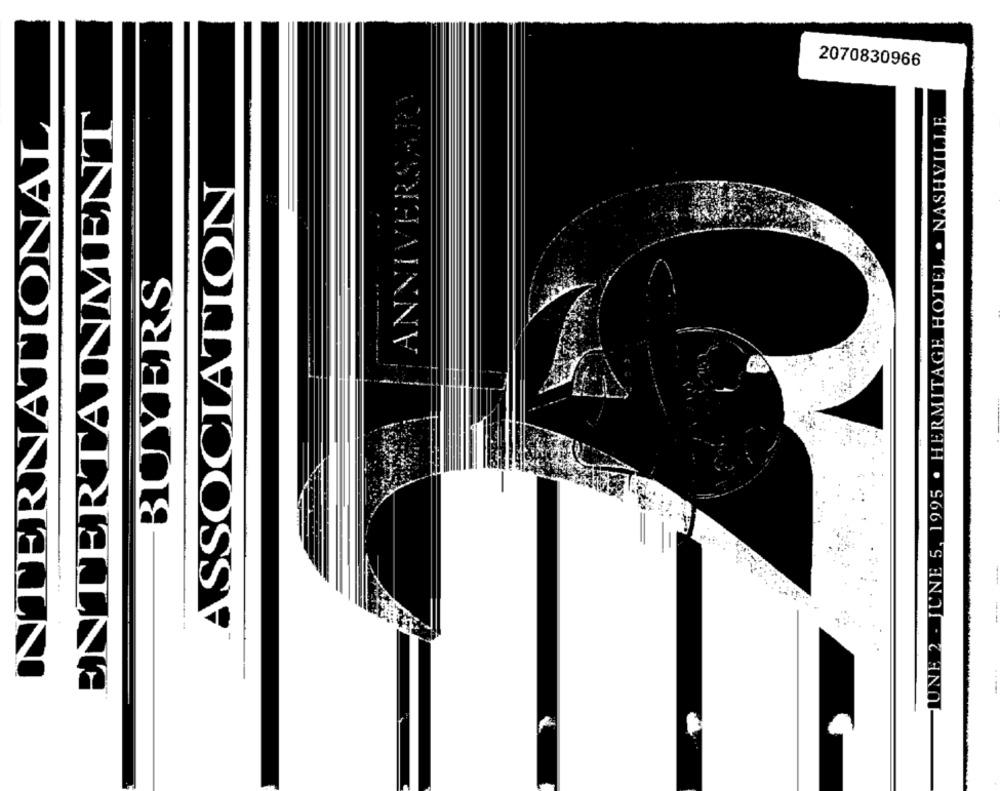
2070830966
ANNIVERSARY
ENTERTAINMENT
HIONE 2 . JUNE 5, 1995 . HERMITAGE HOTEL . NASHVILLE
INTERNATIONAL
ASSOCIATION
BUYERS